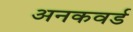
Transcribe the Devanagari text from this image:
अनकवर्ड